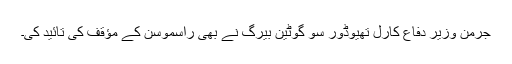
جرمن وزیر دفاع کارل تھیوڈور سو گوٹین بیرگ نے بھی راسموسن کے مؤقف کی تائید کی۔